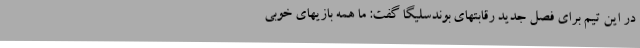
در این تیم برای فصل جدید رقابتهای بوندسلیگا گفت: ما همه بازیهای خوبی